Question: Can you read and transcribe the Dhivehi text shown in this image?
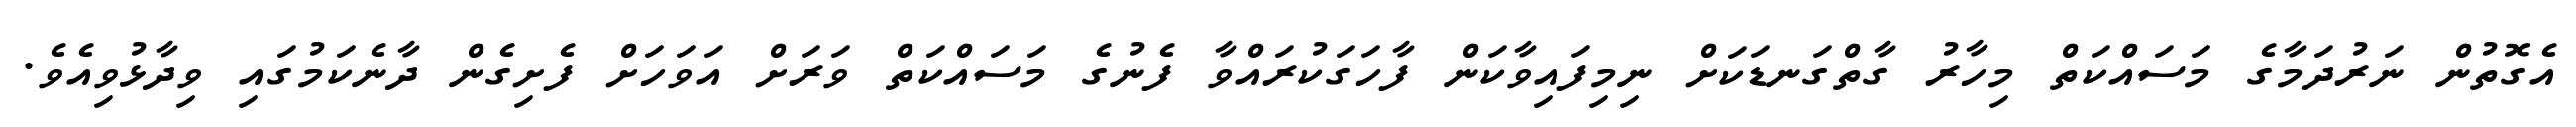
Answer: އެގޮތުން ނަރުދަމާގެ މަސައްކަތް މިހާރު ގާތްގަނޑަކަށް ނިމިފައިވާކަން ފާހަގަކުރައްވާ ފެނުގެ މަސައްކަތް ވަރަށް އަވަހަށް ފެށިގެން ދާނެކަމުގައި ވިދާޅުވިއެވެ.